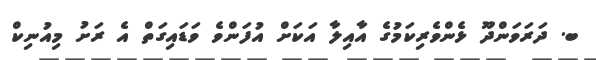
ބ. ދަރަވަންދޫ ޅެންވެރިކަމުގެ އާއިލާ އަކަށް އުފަންވެ ވަޑައިގަތް އެ ރަށު މިއުނިކް